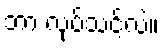
ဘာ လုပ်သင့်လဲ။